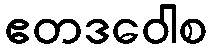
ဧတဒဝေါစ